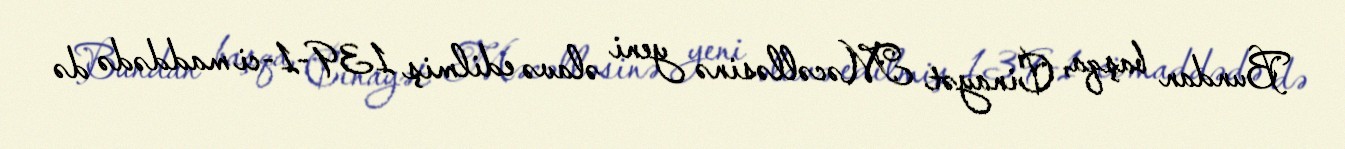
Bundan başqa, Cinayət Məcəlləsinə yeni əlavə edilmiş 139-1-ci maddədə də